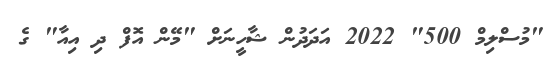
"މުސްލިމް 500" 2022 އަދަދުން ޝާހީނަށް "މޭން އޮފް ދި އިއާ" ގެ